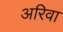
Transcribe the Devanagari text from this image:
अरिवा